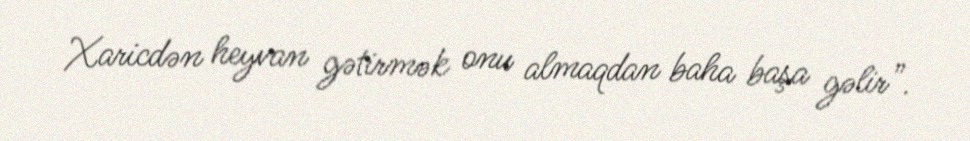
Xaricdən heyvan gətirmək onu almaqdan baha başa gəlir”.